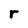
Character: r